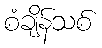
စံချိန်သစ်